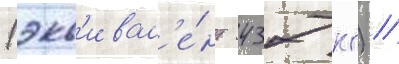
(экв'ивал'е́нт 437 кг) //